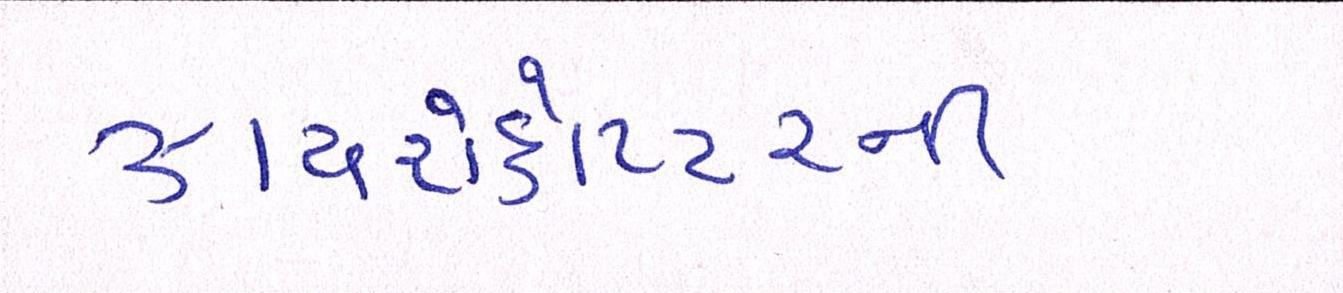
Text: ઝાયરોકોપ્ટરની